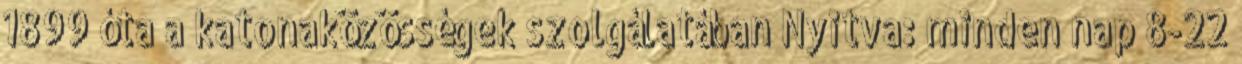
1899 óta a katonaközösségek szolgálatában Nyitva: minden nap 8-22